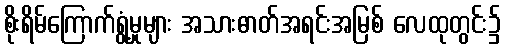
စိုးရိမ်ကြောက်ရွံ့မှုများ အသားဓာတ်အရင်းအမြစ် လေထုတွင်း၌